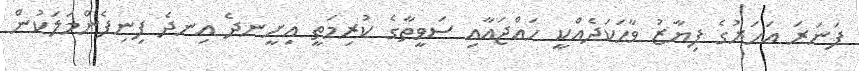
ފަނަރަ އަހަރުގެ ފިޔާޒު ވާހަކަދެއްކީ ހައްޖައާއި ސަވީތާގެ ކުރިމަތީ އިށީނދެ އިނދެ ފިނިފެންމަލަކުން